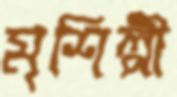
মৃশিল্পী